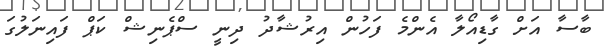
ބާސާ އަށް ގާޑިއޯލާ އެންމެ ފަހުން އިރުޝާދު ދިނީ ސްޕެނިޝް ކަޕް ފައިނަލުގަ